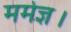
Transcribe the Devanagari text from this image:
मर्मज्ञ।